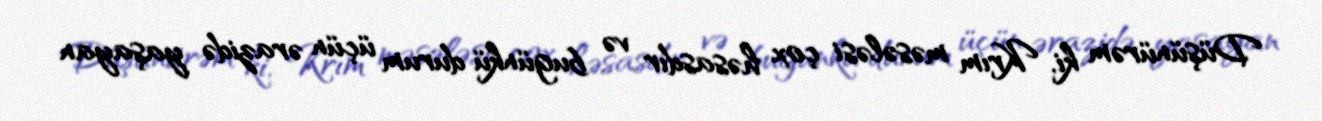
Düşünürəm ki, Krım məsələsi çox həsasdır və bugünkü durum üçün ərazidə yaşayan